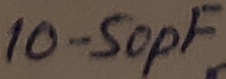
Text: 10-50pF